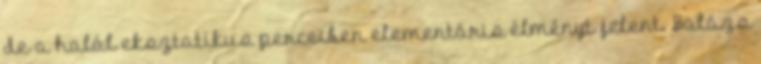
de a halál eksztatikus perceiben elementáris élményt jelent. Balázs